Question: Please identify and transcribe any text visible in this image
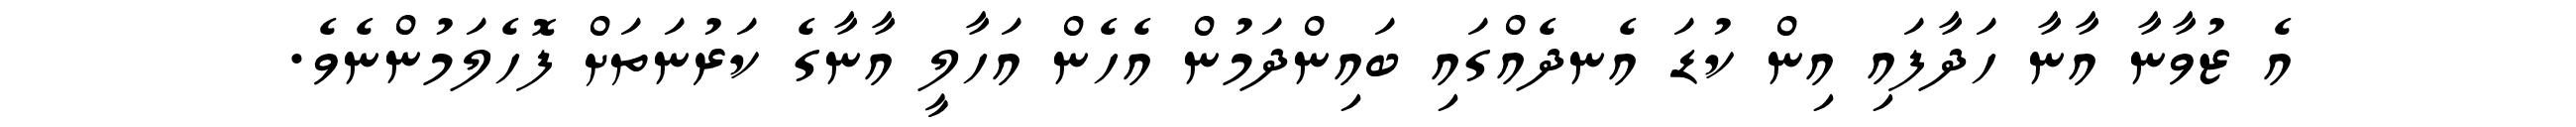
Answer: އެ ޒުވާނާ އާނާ ހަދާފައި އިން ކުޑަ އެނދެއްގައި ބައިންދަމުން އެހެން އަހާލީ އާނާގެ ކަރުނަތަށް ފޮހެލަމުންނެވެ.